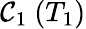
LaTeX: \mathcal{C}_{1}~(T_{1})